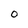
Character: O